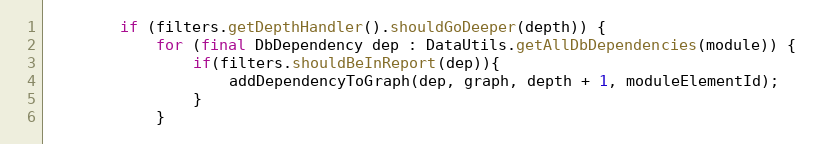
Language: Java
        if (filters.getDepthHandler().shouldGoDeeper(depth)) {
            for (final DbDependency dep : DataUtils.getAllDbDependencies(module)) {
                if(filters.shouldBeInReport(dep)){
                    addDependencyToGraph(dep, graph, depth + 1, moduleElementId);
                }
            }